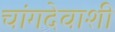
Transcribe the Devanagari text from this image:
चांगदेवाशी